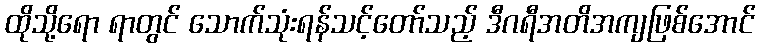
ထိုသို့ရော ရာတွင် သောက်သုံးရန်သင့်တော်သည့် ဒီဂရီအတိအကျဖြစ်အောင်